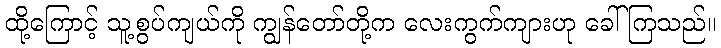
ထို့ကြောင့် သူ့စွပ်ကျယ်ကို ကျွန်တော်တို့က လေးကွက်ကျားဟု ခေါ်ကြသည်။